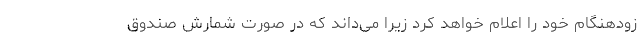
زودهنگام خود را اعلام خواهد کرد زیرا می‌داند که در صورت شمارش صندوق